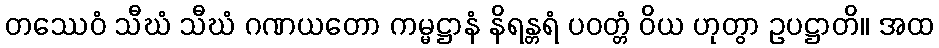
တဿေဝံ သီဃံ သီဃံ ဂဏယတော ကမ္မဋ္ဌာနံ နိရန္တရံ ပဝတ္တံ ဝိယ ဟုတွာ ဥပဋ္ဌာတိ။ အထ